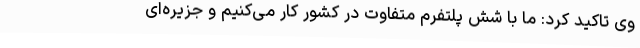
وی تاکید کرد: ما با شش پلتفرم متفاوت در کشور کار می‌کنیم و جزیره‌ای